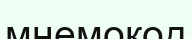
мнемокод